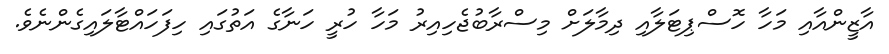
އާޒީންއާއި މަހާ ހޮސްޕިޓަލާއި ދިމާލަށް މިސްރާބުޖެހިއިރު މަހާ ހުރީ ހަނާގެ އަތުގައި ހިފަހައްޓާލައިގެންނެވެ.